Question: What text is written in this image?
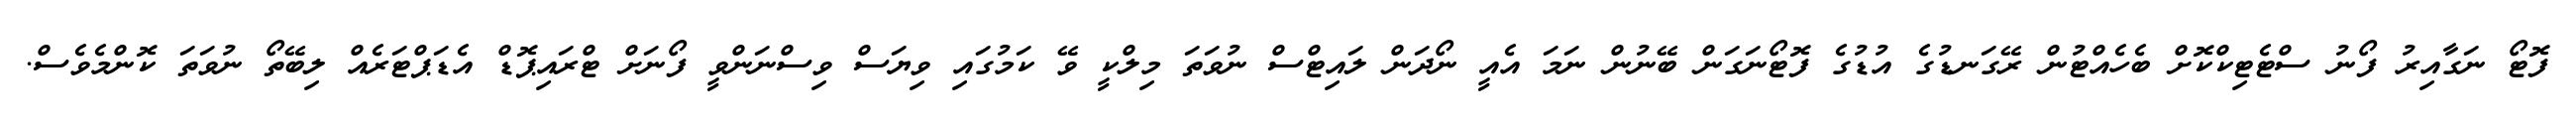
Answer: ފޮޓޯ ނަގާއިރު ފޯނު ސްޓެޓިކްކޮށް ބެހެއްޓުން ރޭގަނޑުގެ އުޑުގެ ފޮޓޯނަގަން ބޭނުން ނަމަ އެއީ ނޯދަން ލައިޓްސް ނުވަތަ މިލްކީ ވޭ ކަމުގައި ވިޔަސް ވިސްނަންވީ ފޯނަށް ޓްރައިޕޮޑް އެޑަޕްޓަރެއް ލިބޭތޯ ނުވަތަ ކޮންމެވެސް.